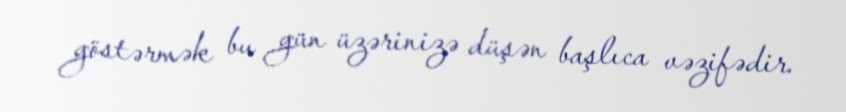
göstərmək bu gün üzərinizə düşən başlıca vəzifədir.